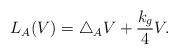
LaTeX: \begin{align*}L_{A}(V)=\triangle_{A}V+\frac{k_{g}}{4}V.\end{align*}